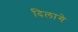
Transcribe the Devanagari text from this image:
दिलागे